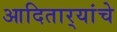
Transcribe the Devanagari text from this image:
आदितार्‍यांचे